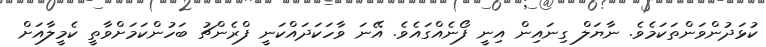
ކުޅަދުންވަންތަކަމެވެ. ނާޔަލް ގިނައިން އިނީ ފޯނެއްގައެވެ. އޭނަ ވާހަކަދައްކަނީ ފްރެންޗު ބަހުންކަމަށްވާތީ ކެމީލާއަށް